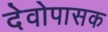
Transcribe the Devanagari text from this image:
देवोपासक